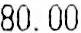
80.00